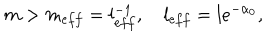
LaTeX: m > m _ { e f f } = l _ { e f f } ^ { - 1 } , \quad l _ { e f f } = l e ^ { - \alpha _ { 0 } } ,